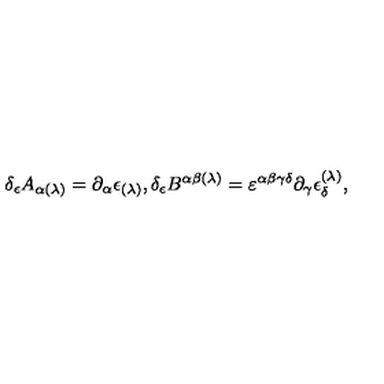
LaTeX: \delta _ { \epsilon } A _ { \alpha ( \lambda ) } = \partial _ { \alpha } \epsilon _ { ( \lambda ) } , \delta _ { \epsilon } B ^ { \alpha \beta ( \lambda ) } = \varepsilon ^ { \alpha \beta \gamma \delta } \partial _ { \gamma } \epsilon _ { \delta } ^ { ( \lambda ) } ,